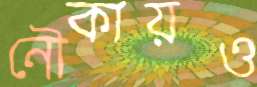
নৌকায়ও